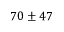
7 0 \pm 4 7